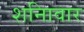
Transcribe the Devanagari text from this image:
शनिावार